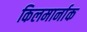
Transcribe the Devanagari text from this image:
किलमार्नाक